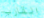
القارب